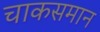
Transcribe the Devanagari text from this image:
चाकसमान